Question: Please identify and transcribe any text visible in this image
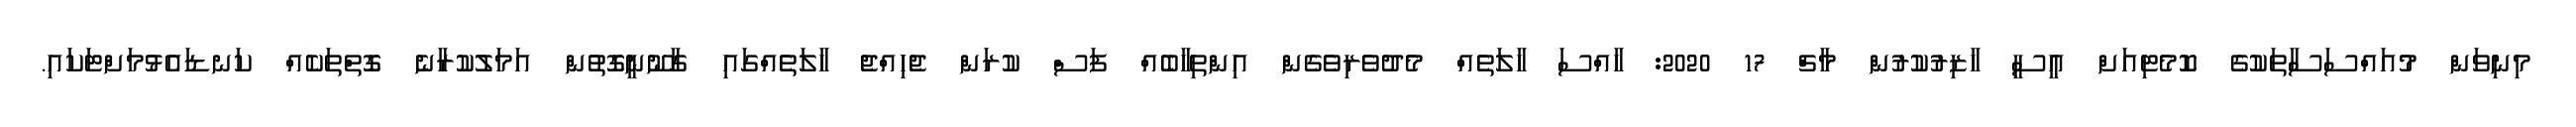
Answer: މިނިވަން މުއައްސަސާތަކުގެ ކޮމެޓިއަށް އީސީ ހާޒިރުކުރުން މާޗް 17 2020: ހާއްސަ ހާލަތެއް މެދުވެރިވެގެން އިންތިހާބެއް ފަސް ކުރަން ޖެހިއްޖެ ހާލަތެއްގައި ގާނޫނީގޮތުން އަމަލުކުރާނެ ގޮތްތަކެއް ކަނޑައެޅުމަށްޓަކައި.